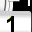
Digit: 1